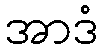
အာဒံ